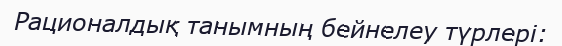
Рационалдық танымның бейнелеу түрлері: